Civil Veterinary Department. Central Provinces & Berar 1932-41 - 1932-1941
Year: 1932
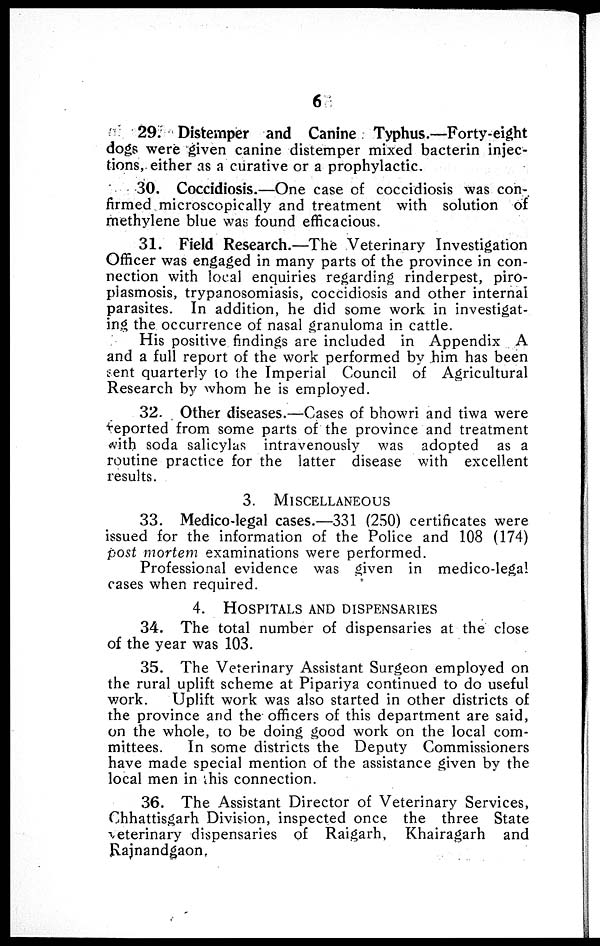
6
29. Distemper and Canine Typhus.—Forty-eight
dogs were given canine distemper mixed bacterin injec-
tions, either as a curative or a prophylactic.
30. Coccidiosis.—One case of coccidiosis was con-
firmed microscopically and treatment with solution of
methylene blue was found efficacious.
31. Field Research.—The Veterinary Investigation
Officer was engaged in many parts of the province in con-
nection with local enquiries regarding rinderpest, piro-
plasmosis, trypanosomiasis, coccidiosis and other internal
parasites. In addition, he did some work in investigat-
ing the occurrence of nasal granuloma in cattle.
His positive findings are included in Appendix A
and a full report of the work performed by him has been
sent quarterly to the Imperial Council of Agricultural
Research by whom he is employed.
32. Other diseases.—Cases of bhowri and tiwa were
reported from some parts of the province and treatment
with soda salicylas intravenously was adopted as a
routine practice for the latter disease with excellent
results.
3. MISCELLANEOUS
33. Medico-legal cases.—331 (250) certificates were
issued for the information of the Police and 108 (174)
post mortem examinations were performed.
Professional evidence was given in medico-legal
cases when required.
4. HOSPITALS AND DISPENSARIES
34. The total number of dispensaries at the close
of the year was 103.
35. The Veterinary Assistant Surgeon employed on
the rural uplift scheme at Pipariya continued to do useful
work.
Uplift work was also started in other districts of
the province and the officers of this department are said,
on the whole, to be doing good work on the local com-
mittees.
In some districts the Deputy Commissioners
have made special mention of the assistance given by the
local men in this connection.
36. The Assistant Director of Veterinary Services,
Chhattisgarh Division, inspected once the three State
veterinary dispensaries of Raigarh, Khairagarh and
Rajnandgaon.